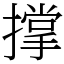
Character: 撑